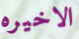
الاخيره